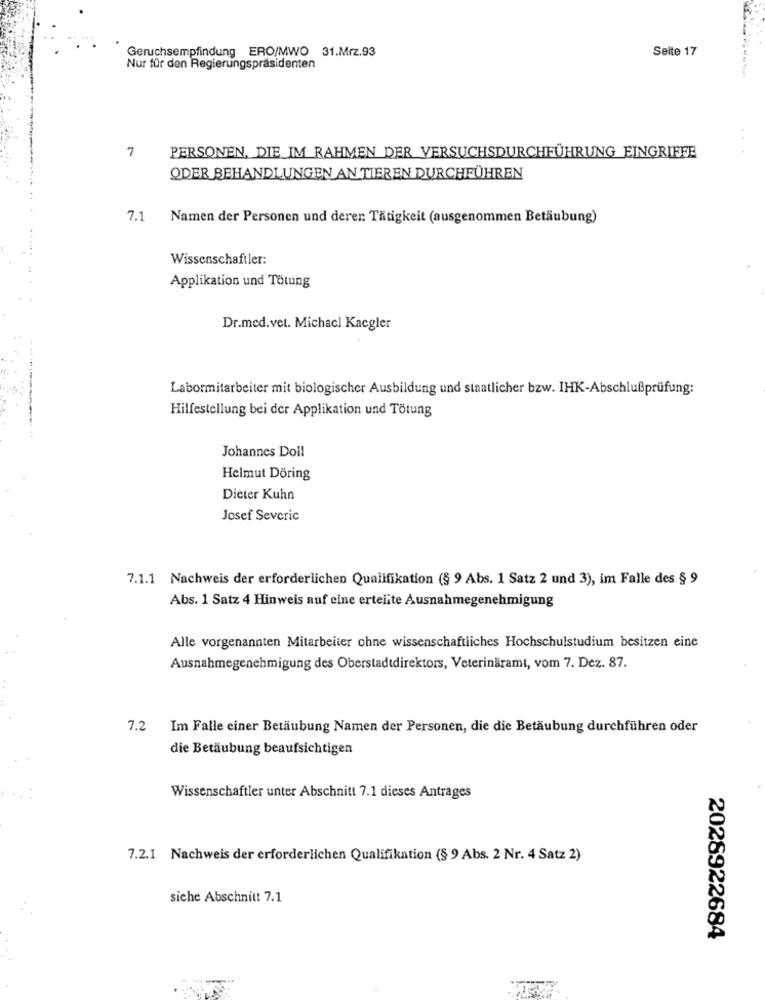
Geruchsempfindung ERO/MWO 31.Mrz.93
Seite 17
Nur für den Regierungspräsidenten
7
PERSONEN, DIE IM RAHMEN DER VERSUCHSDURCHFÜHRUNG EINGRIFFE
ODER BEHANDLUNGEN AN TIEREN DURCHFÜHREN
7.1
Namen der Personen und derer. Tätigkeit (ausgenommen Betäubung)
Wissenschaftler:
Applikation und Tötung
Dr.med.vet. Michacl Kaegler
Labormitarbeiter mit biologischer Ausbildung und staatlicher bzw. IHK-Abschlußprüfung:
Hilfestellung bei der Applikation und Tötung
Johannes Doil
Helmut Döring
Dieter Kuhn
Josef Severic
7.1.1 Nachweis der erforderlichen Qualifikation (§ 9 Abs. 1 Satz 2 und 3), im Falle des § 9
Abs. 1 Satz 4 Hinweis auf cine ertelite Ausnahmegenehmigung
Alle vorgenannten Mitarbeiter ohne wissenschaftliches Hochschulstudium besitzen eine
Ausnahmegenehmigung des Oberstadtdirektors, Veterinäramt, vom 7. Dez. 87.
7.2
Im Falle einer Betäubung Namen der Personen, die die Betäubung durchführen oder
die Betäubung beaufsichtigen
Wissenschaftler unter Abschnitt 7.1 dieses Antrages
7.2.1 Nachweis der erforderlichen Qualifikation (§ 9 Abs. 2 Nr. 4 Satz 2)
siche Abschnitt 7.1
2028922684